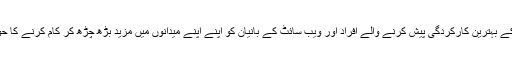
انشاء اللہ آپکی ہمت افزائی کا یہ عمل یقیناً قوم کے بہترین کارکردگی پیش کرنے والے افراد اور ویب سائٹ کے بانیان کو اپنے اپنے میدانوں میں مزید بڑھ چڑھ کر کام کرنے کا حوصلہ دلانے میں اپنا ایک اہم رول ادا کرے گا ۔